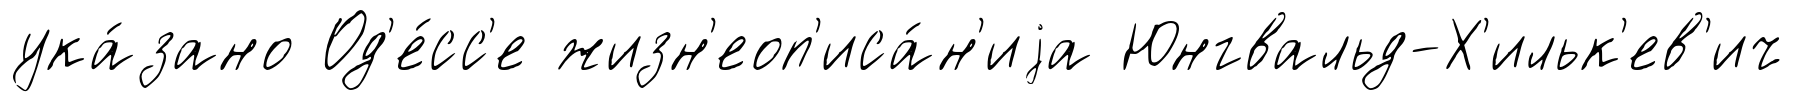
ука́зано Од'е́сс'е жизн'еоп'иса́н'иjа Юнгвальд-Х'ильк'ев'ич